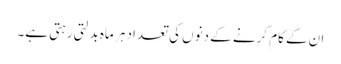
ان کے کام کرنے کے دنوں کی تعداد ہر ماہ بدلتی رہتی ہے۔